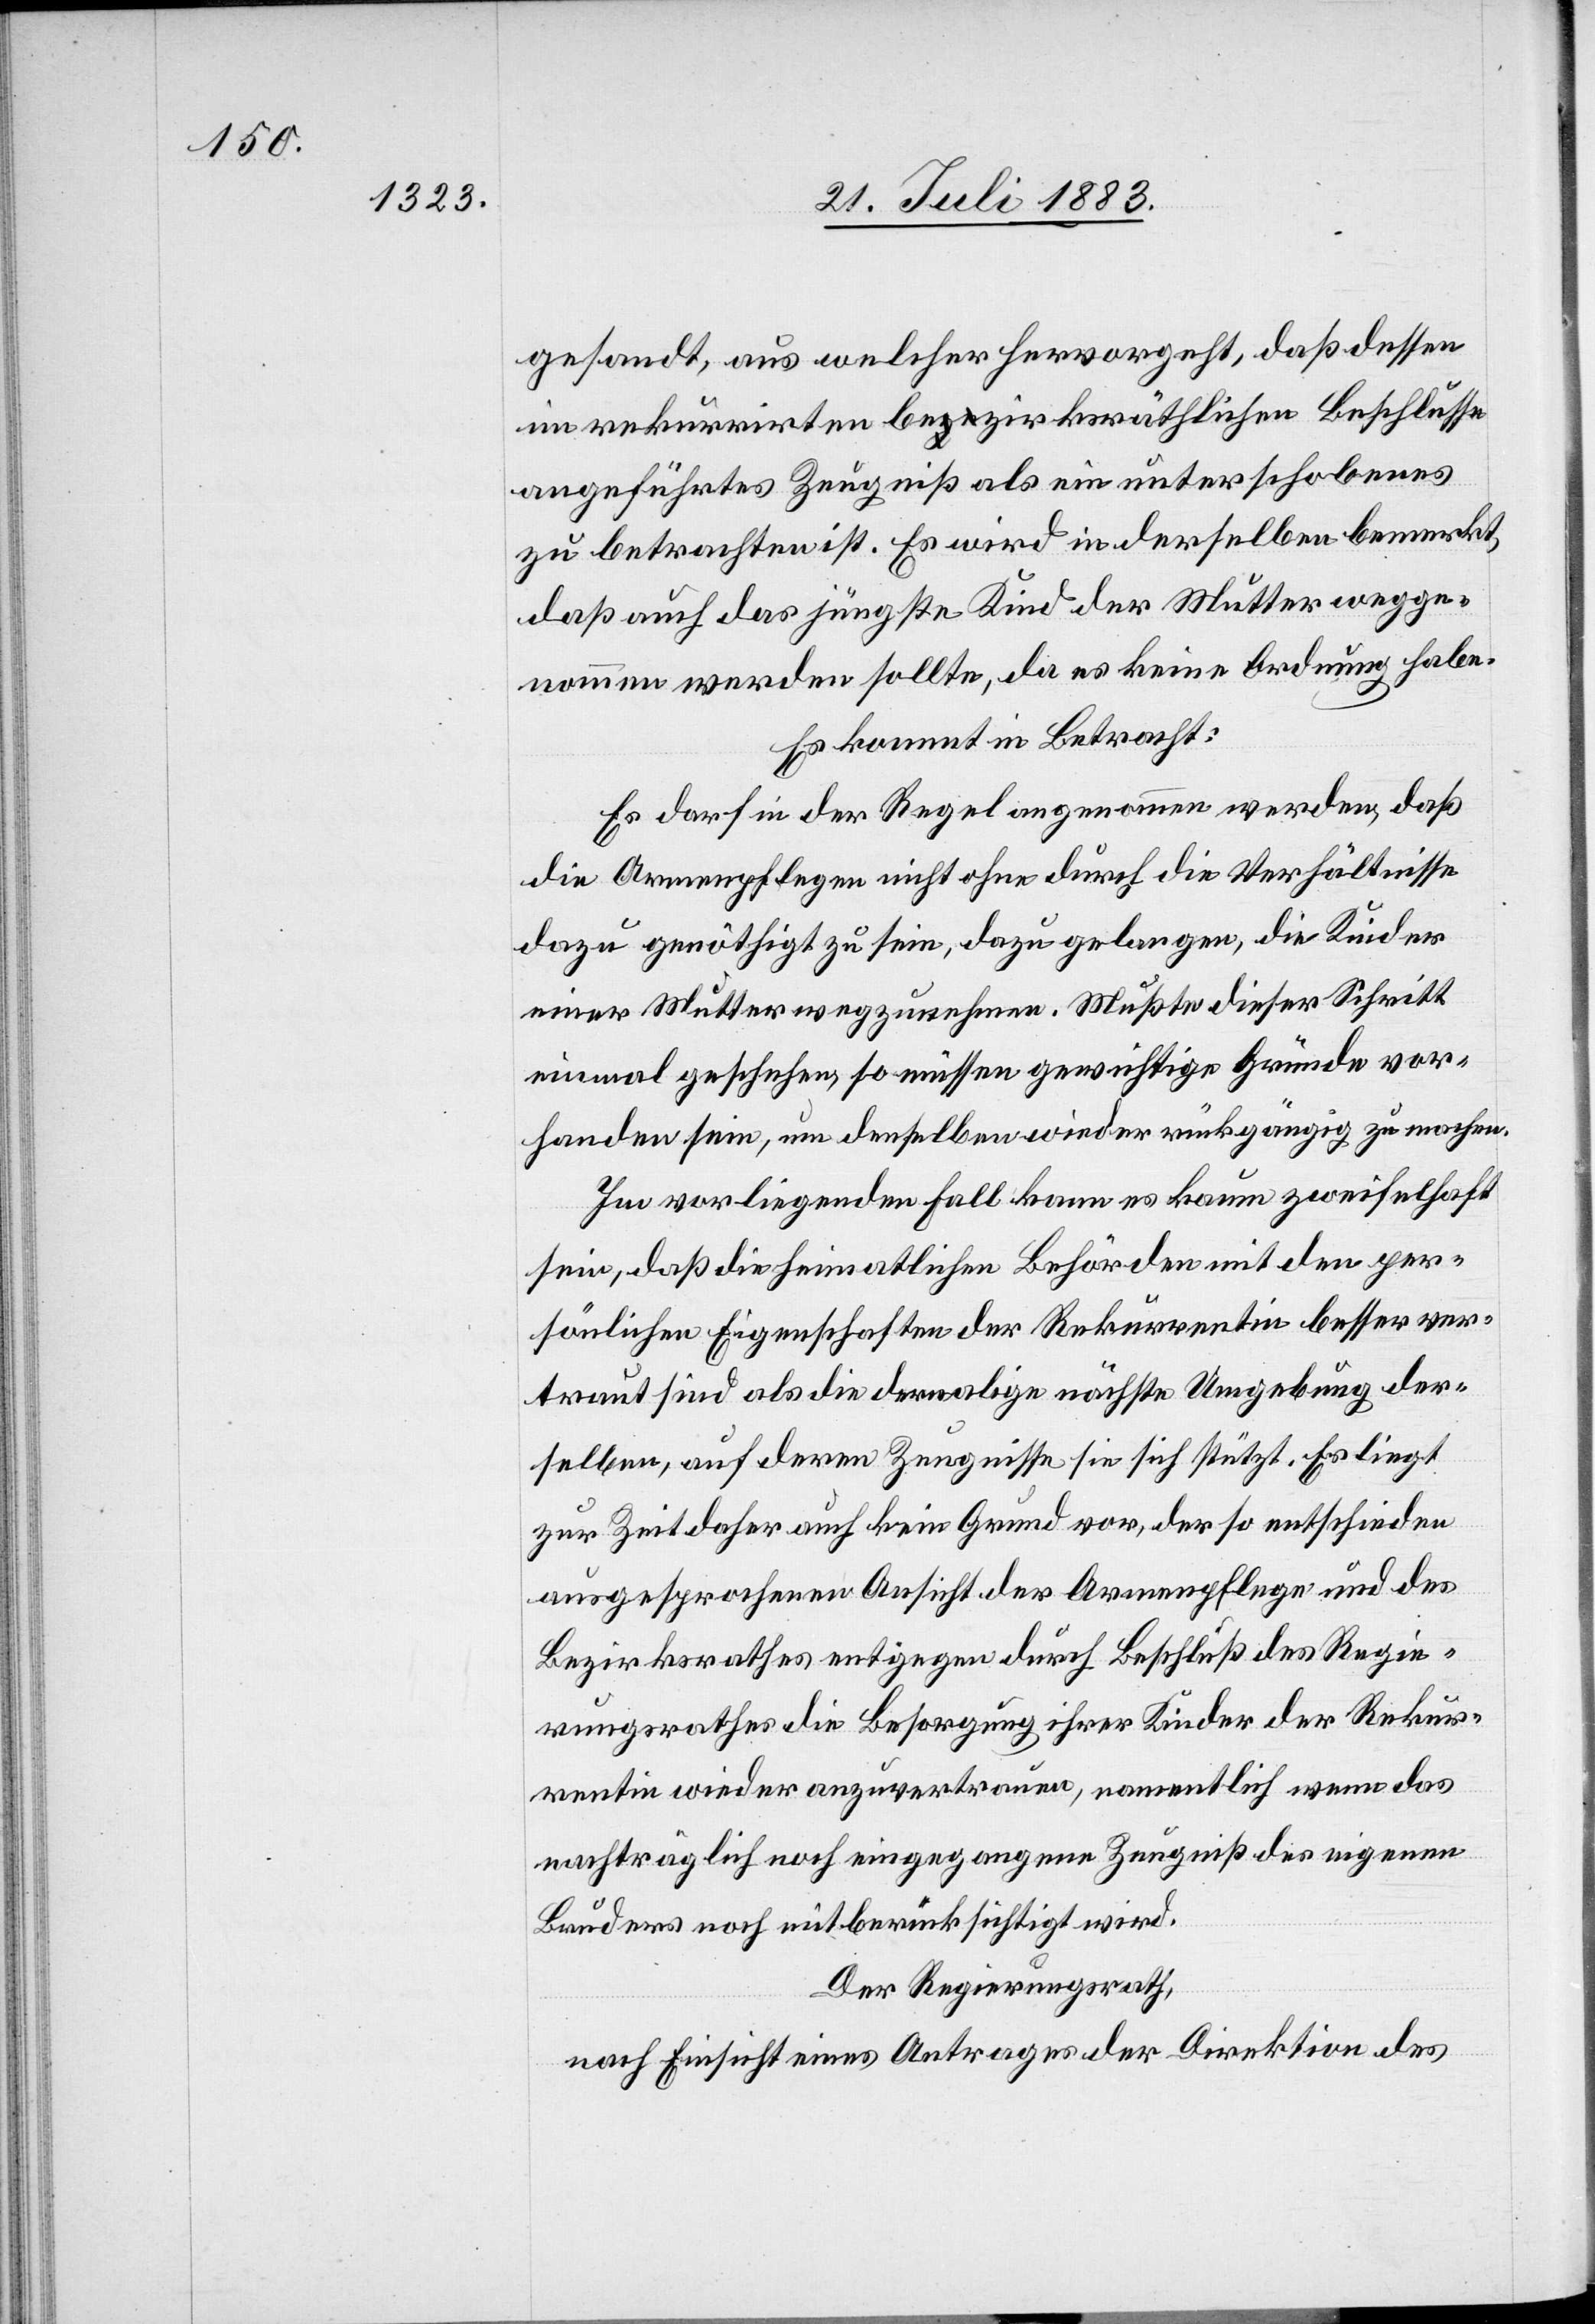
gesandt, aus welcher hervorgeht, daß dessen
im rekurrirten bezirksräthlichen Beschlusse
angeführtes Zeugniß als ein unterschobenes
zu betrachten ist. Es wird in derselben bemerkt,
daß auch das jüngste Kind der Mutter wegge¬
nommen werden sollte, da es keine Ordnung habe.
Es kommt in Betracht:
Es darf in der Regel angenommen werden, daß
die Armenpflegen nicht ohne durch die Verhältnisse
dazu genöthigt zu sein, dazu gelangen, die Kinder
einer Mutter wegzunehmen. Mußte dieser Schritt
einmal geschehen, so müssen gewichtige Gründe vor¬
handen sein, um denselben wieder rückgängig zu machen.
Im vorliegenden Fall kann es kaum zweifelhaft
sein, daß die heimatlichen Behörden mit den per¬
sönlichen Eigenschaften der Rekurrentin besser ver¬
traut sind als die dermalige nächste Umgebung der¬
selben, auf deren Zeugnisse sie sich stützt. Es liegt
zur Zeit daher auch kein Grund vor, der so entschieden
ausgesprochenen Ansicht der Armenpflege und des
Bezirksrathes entgegen durch Beschluß des Regie¬
rungsrathes die Besorgung ihrer Kinder der Rekur¬
rentin wieder anzuvertrauen, namentlich wenn das
nachträglich noch eingegangene Zeugniß des eigenen
Bruders noch mitberücksichtigt wird.
Der Regierungsrath,
nach Einsicht eines Antrages der Direktion des